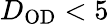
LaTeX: D_{\mathrm{OD}}<5